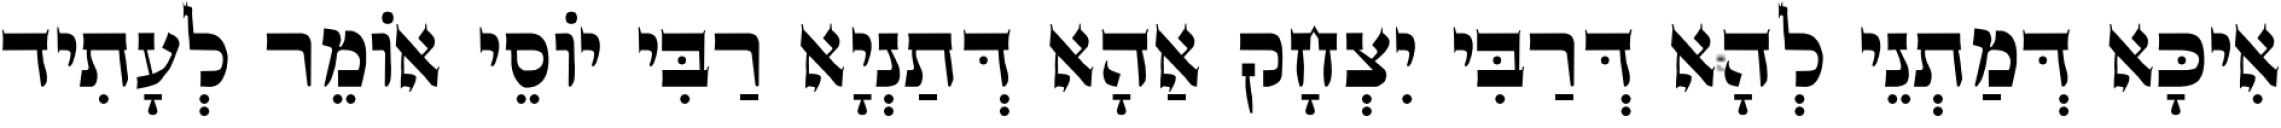
אִיכָּא דְּמַתְנֵי לְהָא דְּרַבִּי יִצְחָק אַהָא דְּתַנְיָא רַבִּי יוֹסֵי אוֹמֵר לְעָתִיד